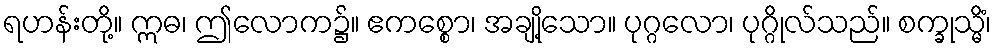
ရဟန်းတို့။ ဣဓ၊ ဤလောက၌။ ဧကစ္စော၊ အချို့သော။ ပုဂ္ဂလော၊ ပုဂ္ဂိုလ်သည်။ စက္ခုသ္မိံ၊